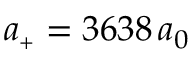
a _ { \scriptscriptstyle + } = 3 6 3 8 \, a _ { 0 }